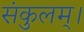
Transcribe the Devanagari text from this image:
संकुलम्‌।